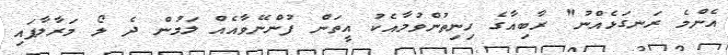
އެންމެ ރަނގަޅެއްނު" ރާބިއާގެ ހިނިތުންވުމާއެކު އީތަން ފުންނޭވާއެއް ލަމުން ދެ ލޯ މަރާލާފައި